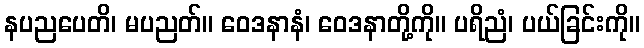
နပညပေတိ၊ မပညတ်။ ဝေဒနာနံ၊ ဝေဒနာတို့ကို။ ပရိညံ၊ ပယ်ခြင်းကို။